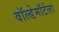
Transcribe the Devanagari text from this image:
वॉल्डेमॉर्टला